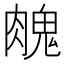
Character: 𦞱